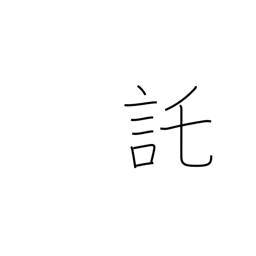
Meaning: pretend